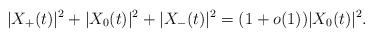
LaTeX: \begin{align*}|X_+(t)|^2+|X_0(t)|^2+|X_-(t)|^2=(1+o(1))|X_0(t)|^2. \end{align*}